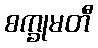
စက္ခုမတီ